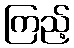
ကြည့်